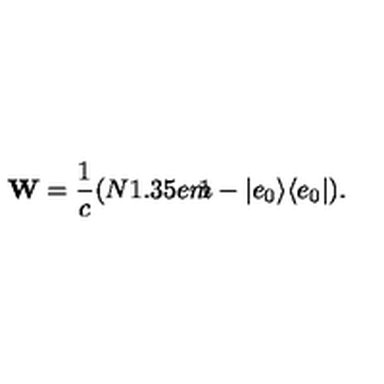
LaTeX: { \bf W } = \frac { 1 } { c } ( N { 1 \kern - 0 . 3 5 e m \llap 1 } - | e _ { 0 } \rangle \langle e _ { 0 } | ) .